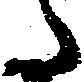
た